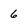
Character: 6